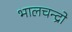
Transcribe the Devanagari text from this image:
भालचन्द्रो